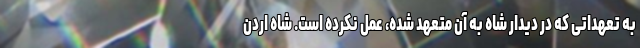
به تعهداتی که در دیدار شاه به آن متعهد شده، عمل نکرده است. شاه اردن